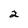
Character: 2